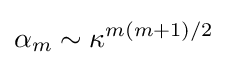
\alpha _{m}\sim \kappa ^{m\left(m+1\right)/2}